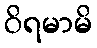
ဝိရမာမိ